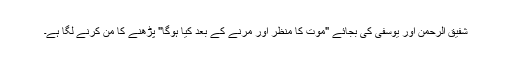
شفیق الرحمن اور یوسفی کی بجائے "موت کا منظر اور مرنے کے بعد کیا ہوگا" پڑھنے کا من کرنے لگا ہے۔